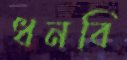
ধনবি